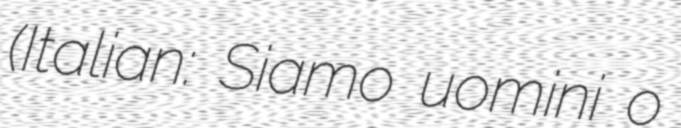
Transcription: (Italian: Siamo uomini o